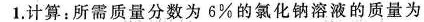
1.计算：所需质量分数为6%的氯化钠溶液的质量为